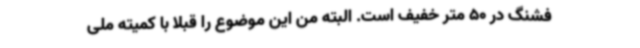
فشنگ در 50 متر خفیف است. البته من این موضوع را قبلا با کمیته ملی